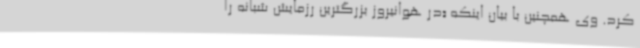
کرد. وی‌ همچنین با بیان اینکه «در هوانیروز بزرگترین رزمایش شبانه را